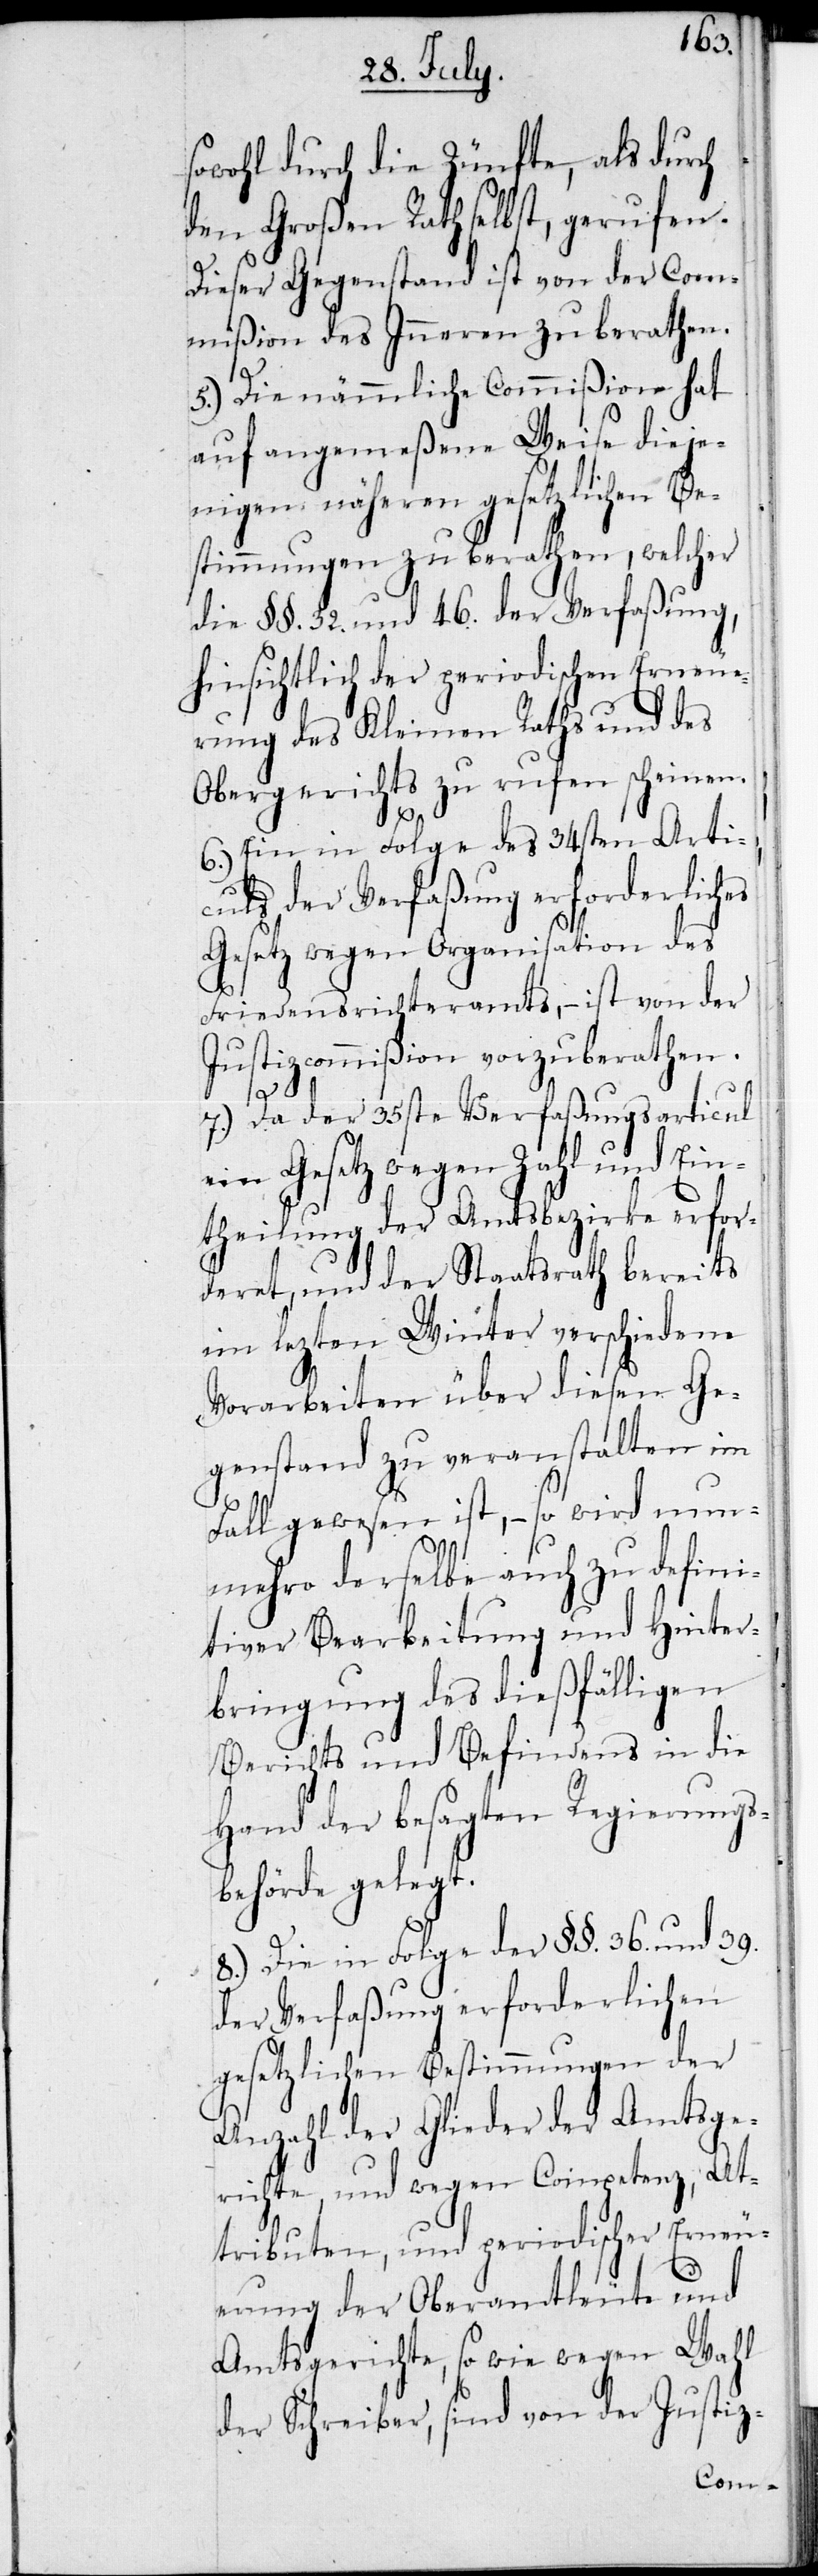
sowohl durch die Zünfte, als durch
den Großen Rath selbst, gerufen.
Dieser Gegenstand ist von der Com¬
mißion des Inneren zu berathen.
5.) Die nämmliche Commißion hat
auf angemeßene Weise diej¬
enigen näheren gesetzlichen Be¬
stimmungen zu berathen, welcher
die §§. 32. und 46 der Verfaßung,
hinsichtlich der periodischen Erneue¬
rung des Kleinen Raths und des
Obergerichts zu rufen scheinen.
6.) Ein in Folge des 34sten Arti¬
culs der Verfaßung erforderliches
Gesetz wegen Organisation des
Friedensrichteramts, – ist von der
Justizcommißion vorzuberathen.
7.) Da der 35ste Verfaßungsarticul
ein Gesetz wegen Zahl und Ein¬
theilung der Amtsbezirke erfor¬
deret, und der Staatsrath bereits
im lezten Winter verschiedene
Vorarbeiten über diesen Ge¬
genstand zu veranstalten im
Fall gewesen ist, – so wird nun¬
mehro derselbe auch zu defini¬
tiver Bearbeitung und Hinter¬
bringung des dießfälligen
Berichts und Befindens in die
Hand der besagten Regierungs¬
behörde gelegt.
8.) Die in Folge der §§. 36. und 39.
der Verfaßung erforderlichen
gesetzlichen Bestimmungen der
Anzahl der Glieder der Amtsge¬
richte, und wegen Competenz, At¬
tributen, und periodischer Erneu¬
erung der Oberamtleute und
Amtsgerichte, so wie wegen Wahl
der Schreiber, sind von der Justiz-